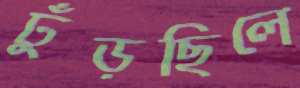
ঢুঁড়ছিলে